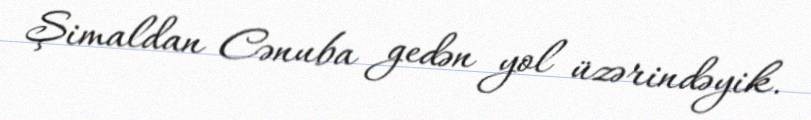
Şimaldan Cənuba gedən yol üzərindəyik.